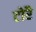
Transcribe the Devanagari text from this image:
टोरै